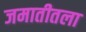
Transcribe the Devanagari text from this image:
जमातीतला